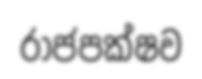
රාජපක්ෂව